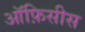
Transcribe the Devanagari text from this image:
ऑफ़िसीस